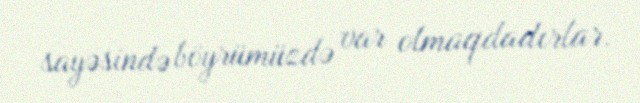
sayəsində böyrümüzdə var olmaqdadırlar.